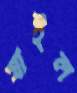
যাইল